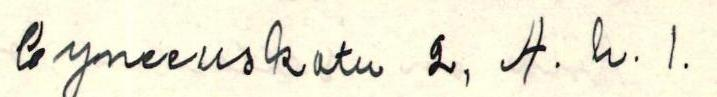
Gyneeuskatu 2, A. k. 1.